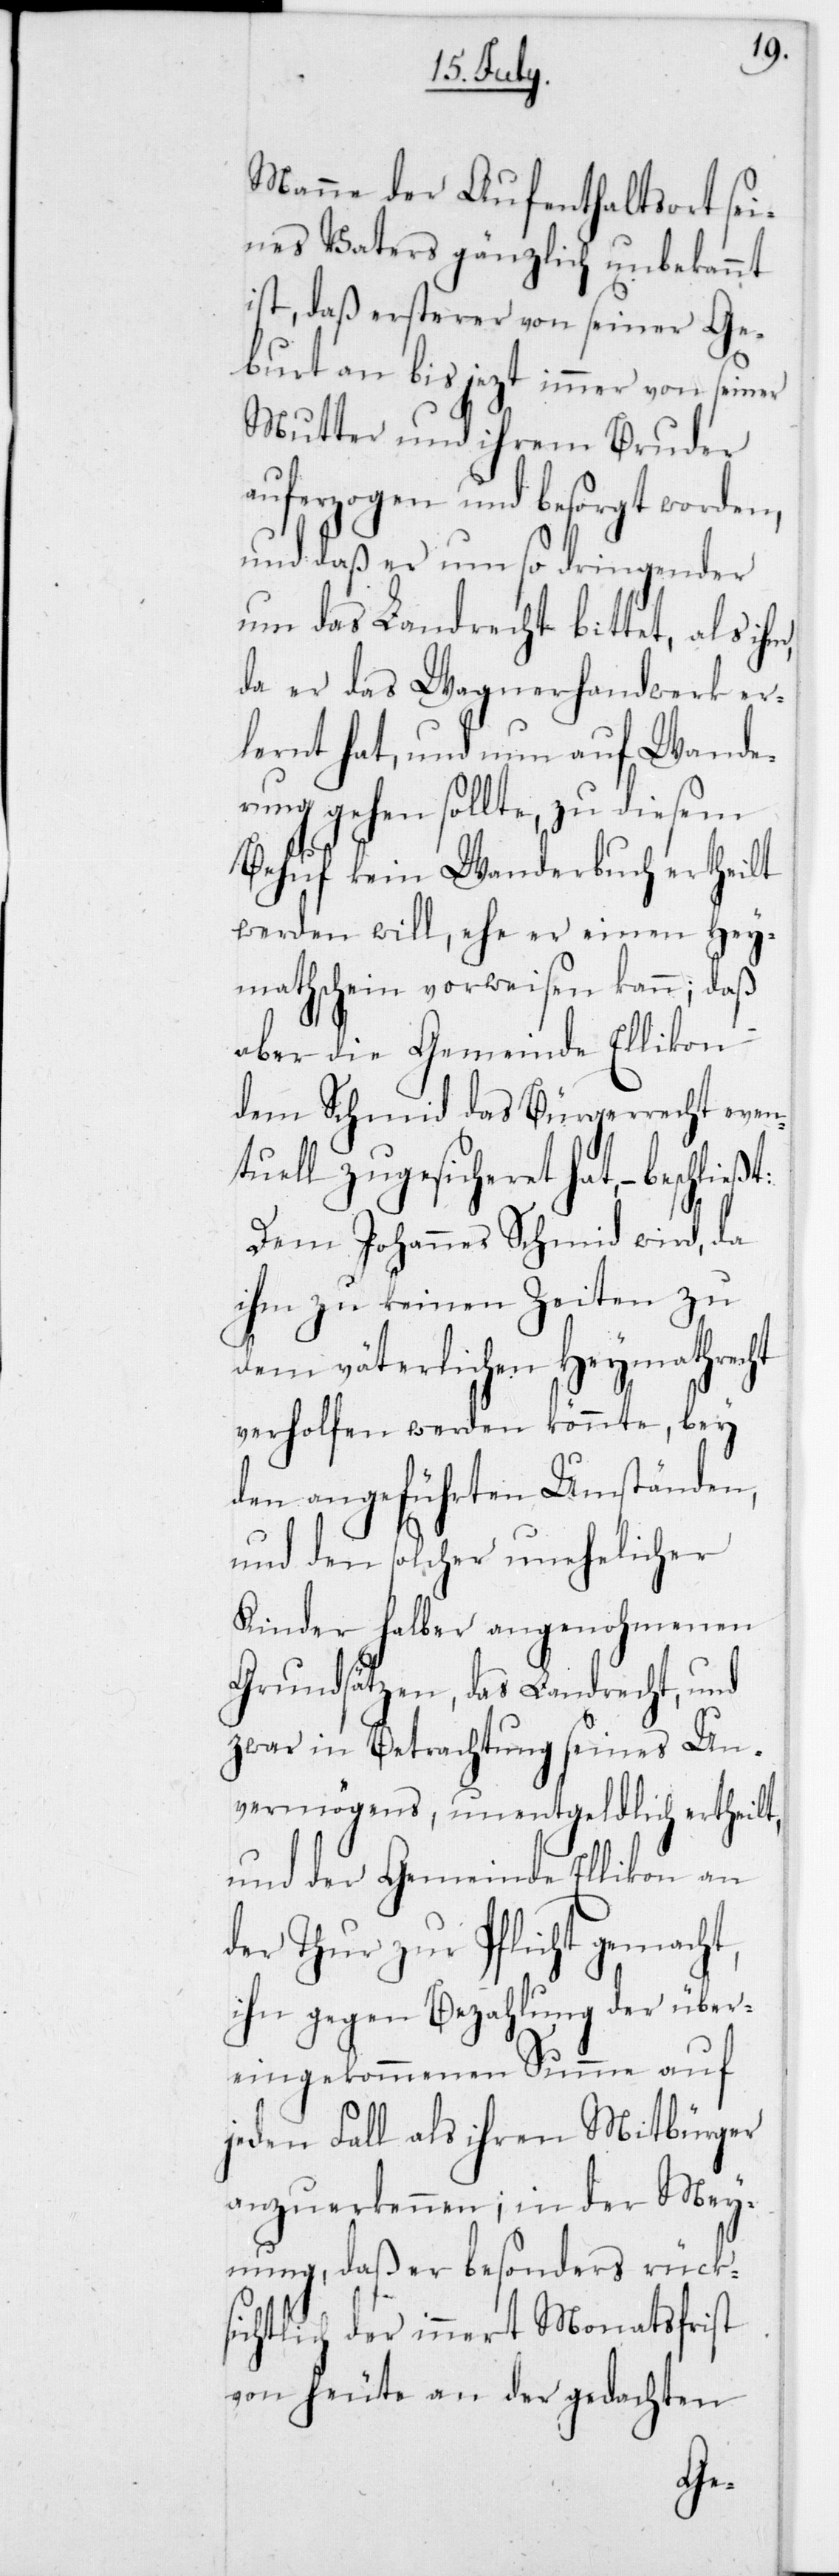
Manne der Aufenthaltsort sei¬
nes Vaters gänzlich unbekannt
ist, daß ersterer von seiner Ge¬
burt an bis jezt immer von seiner
Mutter und ihrem Bruder
auferzogen und besorgt worden,
und daß er um so dringender
um das Landrecht bittet, als ihm,
da er das Wagnerhandwerk er¬
lernt hat, und nun auf Wande¬
rung gehen sollte, zu diesem
Behuf kein Wanderbuch ertheilt
werden will, ehe er einen Hey¬
mathschein vorweisen kann, daß
aber die Gemeinde Ellikon
dem Schmid das Bürgerrecht even¬
tuell zugesicheret hat, – beschl¬
Dem Johannes Schmid wird, da
ihm zu keinen Zeiten zu
dem väterlichen Heymathre¬
verholfen werden könnte, bey
den angeführten Umständen,
und den solcher unehelicher
Kinder halber angenohmenen
Grundsätzen, das Landrecht, und
zwar in Betrachtung seines Un¬
vermögens, unentgeldlich ertheilt,
und der Gemeinde Ellikon an
der Thur zur Pflicht gemacht,
ihn gegen Bezahlung der über¬
eingekommenen Summe auf
jeden Fall als ihren Mitbürger
anzuerkennen; in der Mey¬
nung, daß er besonders rück¬
sichtlich der innert Monatsfrist
von heute an der gedachten
cht